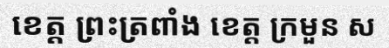
ខេត្ត ព្រះត្រពាំង ខេត្ត ក្រមួន ស